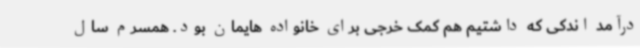
درآمد اندکی که داشتیم هم کمک خرجی برای خانواده هایمان بود. همسرم سال